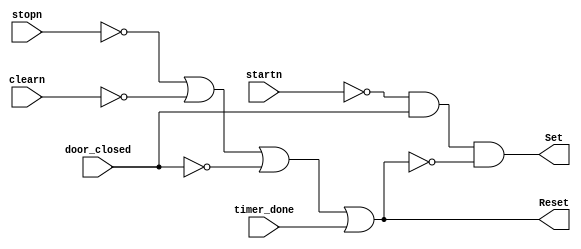
module OnOff_Control (input wire startn, stopn, clearn, door_closed, timer_done,
                       output reg Set, Reset);
    reg start, stop, clear;
    
    always @(startn or stopn or clearn or door_closed or timer_done)
    begin
        start = ~startn;
        stop = ~stopn;
        clear = ~clearn;

        Reset = stop | clear | ~door_closed | timer_done;
        Set = start & door_closed & ~Reset;
    end
endmodule